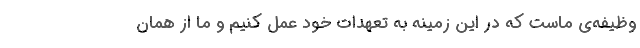
وظیفه‌ی ماست که در این زمینه به تعهدات خود عمل کنیم و ما از همان